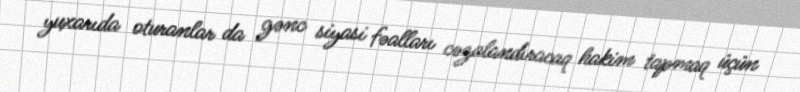
yuxarıda oturanlar da gənc siyasi fəalları cəzalandıracaq hakim tapmaq üçün